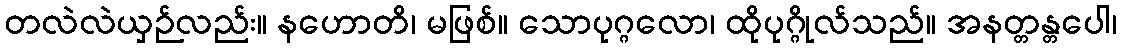
တလဲလဲယှဉ်လည်း။ နဟောတိ၊ မဖြစ်။ သောပုဂ္ဂလော၊ ထိုပုဂ္ဂိုလ်သည်။ အနတ္တန္တပေါ၊